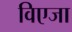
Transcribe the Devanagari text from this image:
विएजा